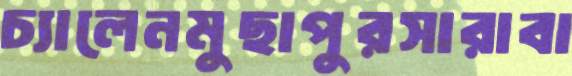
চ্যালেনমুছাপুরসারাবা